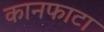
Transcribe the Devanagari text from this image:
कानफाटा